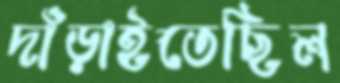
দাঁড়াইতেছিল